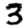
Digit: 3